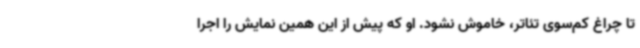
تا چراغ کم‌سوی تئاتر، خاموش نشود. او که پیش از این همین نمایش را اجرا